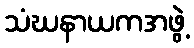
သံဃနာယကအဖွဲ့